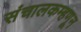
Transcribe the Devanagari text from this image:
संचालकम्हणून